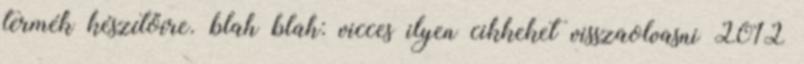
termék készítőire. blah blah: vicces ilyen cikkeket visszaolvasni 2012